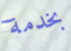
بخدمة